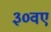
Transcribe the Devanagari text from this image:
३०वए